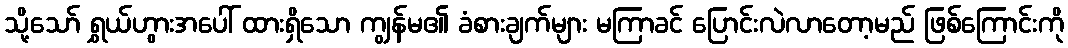
သို့သော် ရွှယ်ဟွားအပေါ် ထားရှိသော ကျွန်မ၏ ခံစားချက်များ မကြာခင် ပြောင်းလဲလာတော့မည် ဖြစ်ကြောင်းကို